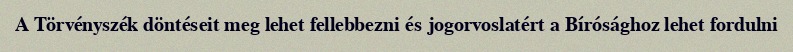
A Törvényszék döntéseit meg lehet fellebbezni és jogorvoslatért a Bírósághoz lehet fordulni